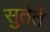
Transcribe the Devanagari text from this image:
सुतेते